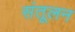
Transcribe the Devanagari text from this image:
संतूलन